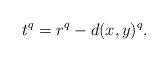
LaTeX: \begin{align*} t^q = r^q - d(x, y)^q.\end{align*}